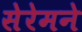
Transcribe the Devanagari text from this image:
सेरेमने